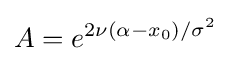
A=e^{2\nu (\alpha -x_{0})/\sigma ^{2}}